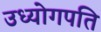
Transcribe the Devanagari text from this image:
उध्योगपति